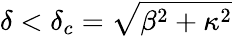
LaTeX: \delta<\delta_{c}=\sqrt{\beta^{2}+\kappa^{2}}